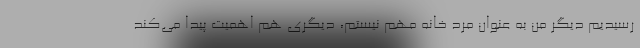
رسیدیم دیگر من به عنوان مرد خانه مهم نیستم، دیگری هم اهمیت پیدا می‌کند